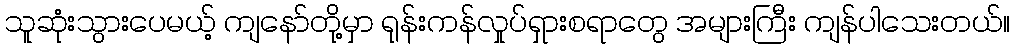
သူဆုံးသွားပေမယ့် ကျနော်တို့မှာ ရုန်းကန်လှုပ်ရှားစရာတွေ အများကြီး ကျန်ပါသေးတယ်။